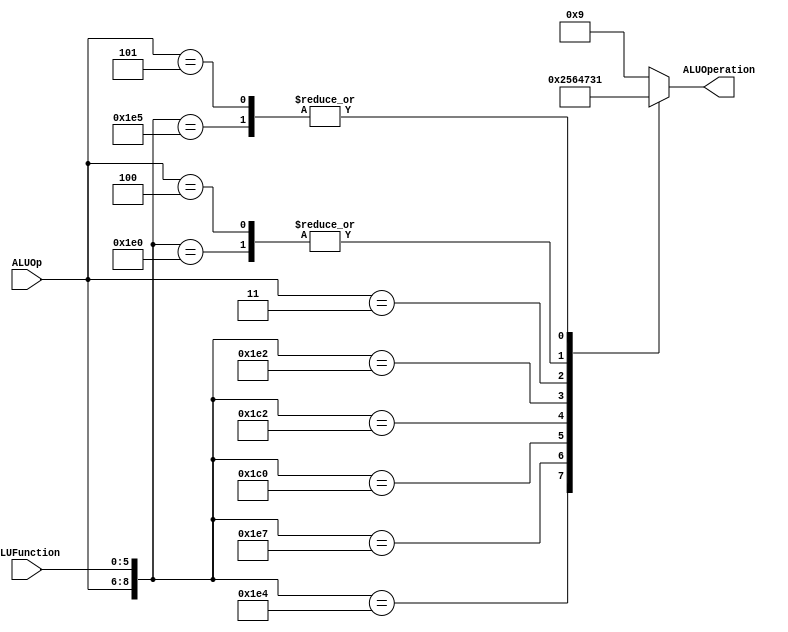
/******************************************************************
* Description
*	This is the control unit for the ALU. It receves an signal called 
*	ALUOp from the control unit and a signal called ALUFunction from
*	the intrctuion field named function.
* Version:
*	1.0
* Author:
*	Dr. Jos Luis Pizano Escalante
* email:
*	luispizano@iteso.mx
* Date:
*	01/03/2014
******************************************************************/
module ALUControl
(
	input [2:0] ALUOp,
	input [5:0] ALUFunction,
	output [3:0] ALUOperation

);

localparam R_Type_AND    = 9'b111_100100;
localparam R_Type_OR     = 9'b111_100101;
localparam R_Type_NOR    = 9'b111_100111;
localparam R_Type_SUB    = 9'b111_100010;
localparam R_Type_ADD    = 9'b111_100000;
localparam R_Type_SLL    = 9'b111_000000;
localparam R_Type_SRL    = 9'b111_000010;
localparam I_Type_LUI    = 9'b011_xxxxxx;
localparam I_Type_ADDI   = 9'b100_xxxxxx;
localparam I_Type_ORI    = 9'b101_xxxxxx;



reg [3:0] ALUControlValues;
wire [8:0] Selector;

assign Selector = {ALUOp, ALUFunction};

always@(Selector)begin

	casex(Selector)
		R_Type_AND:    ALUControlValues = 4'b0000;
		R_Type_OR: 		ALUControlValues = 4'b0001;
		R_Type_NOR: 	ALUControlValues = 4'b0010;
		R_Type_ADD: 	ALUControlValues = 4'b0011;
		R_Type_SLL: 	ALUControlValues = 4'b0101;
		R_Type_SRL: 	ALUControlValues = 4'b0110;
		R_Type_SUB: 	ALUControlValues = 4'b0100;
		I_Type_LUI:    ALUControlValues = 4'b0111;
		I_Type_ADDI:	ALUControlValues = 4'b0011;
		I_Type_ORI: 	ALUControlValues = 4'b0001;

		
		default: ALUControlValues = 4'b1001;
	endcase
end


assign ALUOperation = ALUControlValues;

endmodule